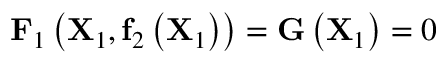
\mathbf { F } _ { 1 } \left( \mathbf { X } _ { 1 } , \mathbf { f } _ { 2 } \left( \mathbf { X } _ { 1 } \right) \right) = \mathbf { G } \left( \mathbf { X } _ { 1 } \right) = 0